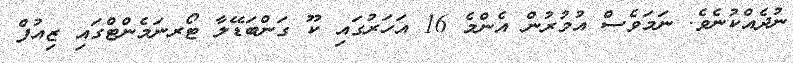
ނުދެއްކުނެވެ. ނަމަވެސް އުމުރުން އެންމެ 16 އަހަރުގައި ކޫ ގަންބަޑޭލާ ޓޯރނަމެންޓްގައި ޒިއުފް